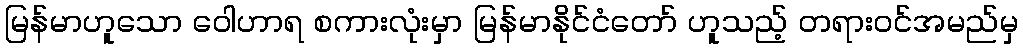
မြန်မာဟူသော ဝေါဟာရ စကားလုံးမှာ မြန်မာနိုင်ငံတော် ဟူသည့် တရားဝင်အမည်မှ